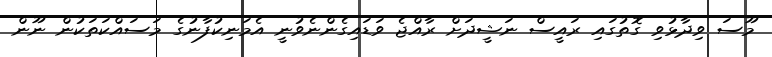
މޫސަ ވިދާޅުވި ގޮތުގައި ރައީސް ނަޝީދަށް ރާއްޖެ ވަޑައިގެންނެވުނީ އެމަނިކުފާނުގެ މަސައްކަތަކުން ނޫން